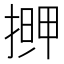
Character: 𭡹